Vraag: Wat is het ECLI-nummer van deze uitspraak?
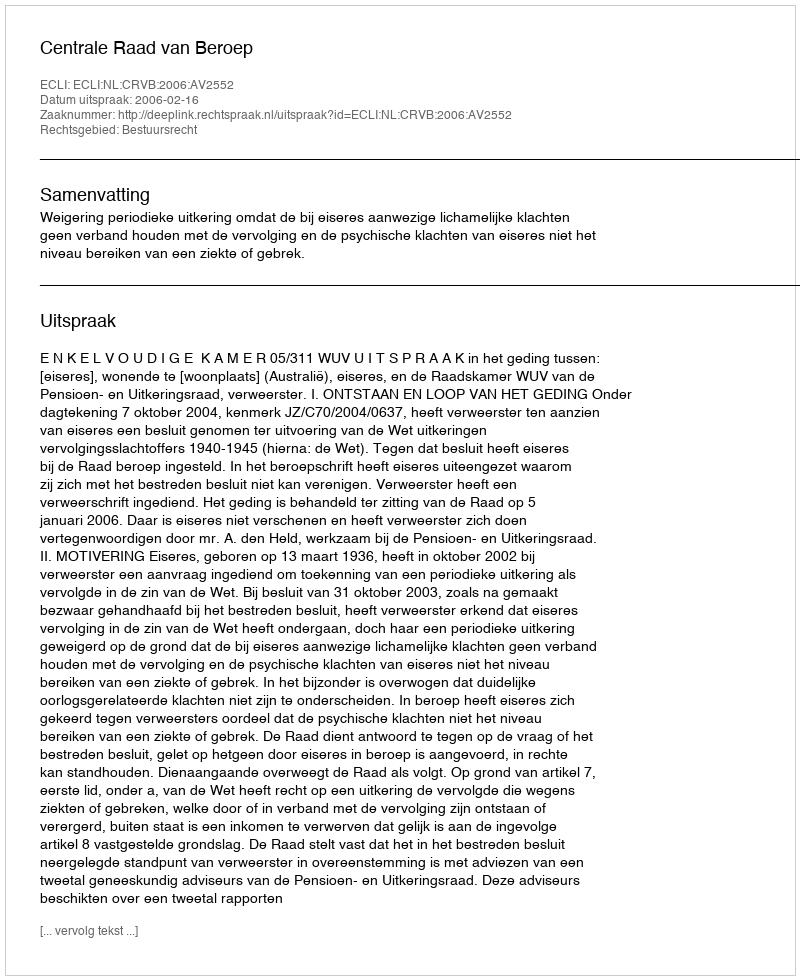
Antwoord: ECLI:NL:CRVB:2006:AV2552